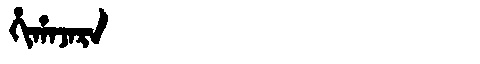
Manchu: ᡥᡳᡥᠠᠵᠠᡵᠠ
Romanization: HIHAJARA